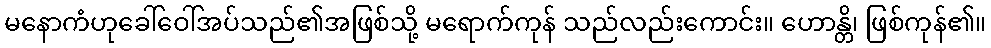
မနောကံဟုခေါ်ဝေါ်အပ်သည်၏အဖြစ်သို့ မရောက်ကုန် သည်လည်းကောင်း။ ဟောန္တိ၊ ဖြစ်ကုန်၏။